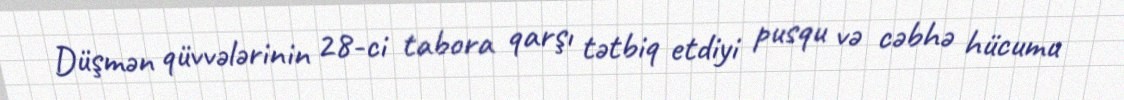
Düşmən qüvvələrinin 28-ci tabora qarşı tətbiq etdiyi pusqu və cəbhə hücumu